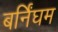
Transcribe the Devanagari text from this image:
बर्निंघम